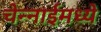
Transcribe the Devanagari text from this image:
चेन्नाईमध्ये